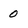
Character: 0